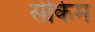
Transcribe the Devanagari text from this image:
सेकिम